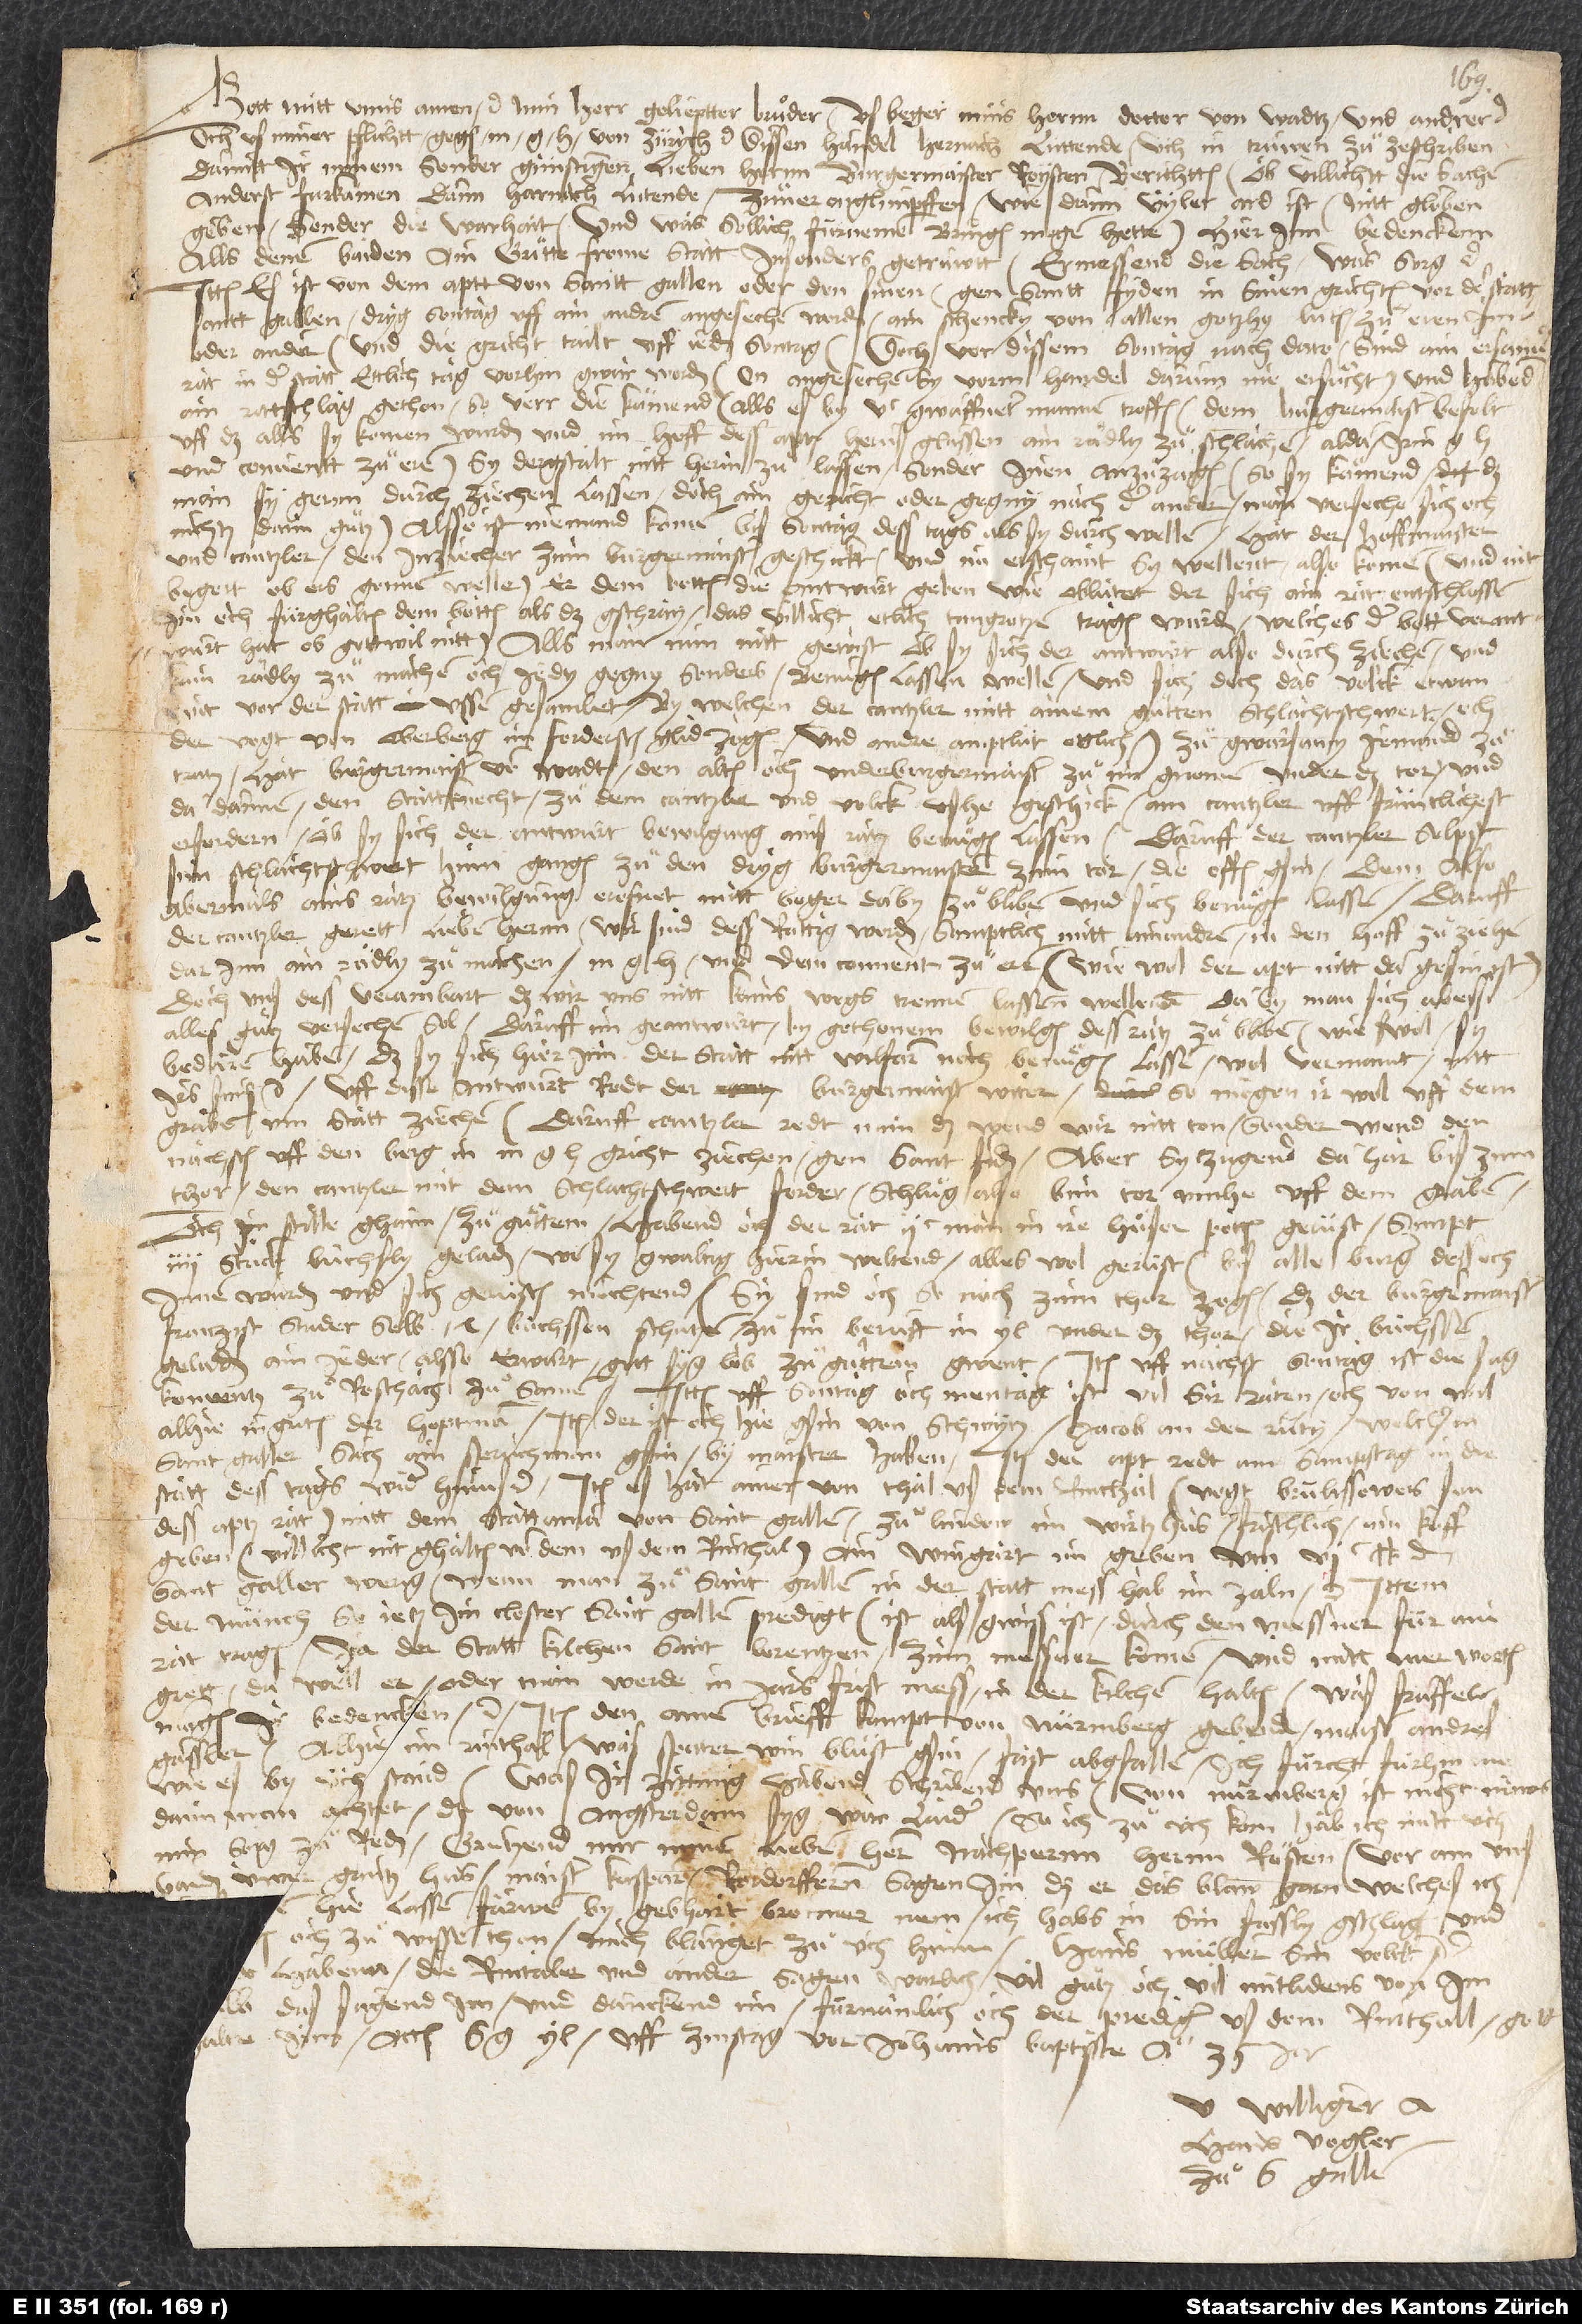
S.

Gott mitt unns. Amen etc. Min herr, gelieptter bruͦder, us beger mins hernn doctor von Wadtz und andrer etc.,
thor, den cantzler mit dem schlachtschwert forder. Schluͦg also bim tor umhe uff dem graben.
Och in stille ghaim, zuͦ guͦttem, habend och der rat 200 man in ire hüser potten, gerüst, sampt
4 stuck büchsly geladen, wo sy gwaltig hierin weltend, alles wol gerüst, bis alle burger dess och
innen wurden und sich gerüsten mochtend. Sy sind och so noch zum thor zogen, daß der burgermaister
Franzist Studer selb 14 büchssenschützen zuͦ im beruͤft in yl under das thor, die ir büchssen
geladen ain jeder, alsso erwart. Gott syg lob, zuͦ guttem gwent. Item uff nächst sontag, ist die sag,
komentz zuͦ Roschach zuͦsamen. Ittem uff sontag och montag ist vil sir räten, och von Wil
alhie ingriten der hoptman. Item der ist och hie gsin von Schwytz, Jacob An der Rüty, welcher in
Sant Gallen sach ain spruchman gsin by maister Haben. Item der apt redt am sampstag in die
statt; des tags wider hinus etc. Item es hat ainer von Thal us dem Rinthal (Vogt Brulisowers son,
dess aptz rat) mitt dem stattaman von Sant Gallen zuͦ Lindow im wirtzhus frischlich ain koff
geben, villicht nit ghaiten von dem us dem Rinthal, ain wingart im geben um 600 lb den
Sant Galler werig, wenn man zuͦ Sant Gallen in der statt mess hab, im zaln etc. Ittem
der münch, so jetz im closter Sant Gallen predigt (ist, als gwiss ist, durch den messner für ain
rat tragen), ja der statt kilchen Sant Lorentzen, zum messner komen und mitt mer worten
grett, da well er oder man werde in jars frist mess in der kilchen halten. Was fräffels
mögen ir bedencken etc. Item den ainen brieff kompt von Nürmberg, gebend maister Andres
Gässler. Alhie im Rinthal was spater winbluͦst gsin; fast abgfallen. Ich fürcht fürhin me,
wie es by üch stand. Was ir zittung habend, schribend uns. Von Nürmberg ist nicht nüws.
Dann man achtet, das von Angsterdam syg war, laider. So ich zuͦ üch kom, hab ich mitt üch
min sorg zuͦ reden. Gruͤtzend mir minen lieben hern nachpurnn, hernn Rösten, vor ain uns
baiden üwer gantz hus, maister Kasparn, Rordorffem. Sagen im, daß er das blaw garn, welches ich
en och zuͦ wissen thon. Mich blanget zuͦ üch hinn, Hans Müllem, sin volck etc.
Hans Vogler
zuͦ S. Gallen.